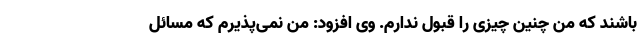
باشند که من چنین چیزی را قبول ندارم. وی افزود: من نمی‌پذیرم که مسائل